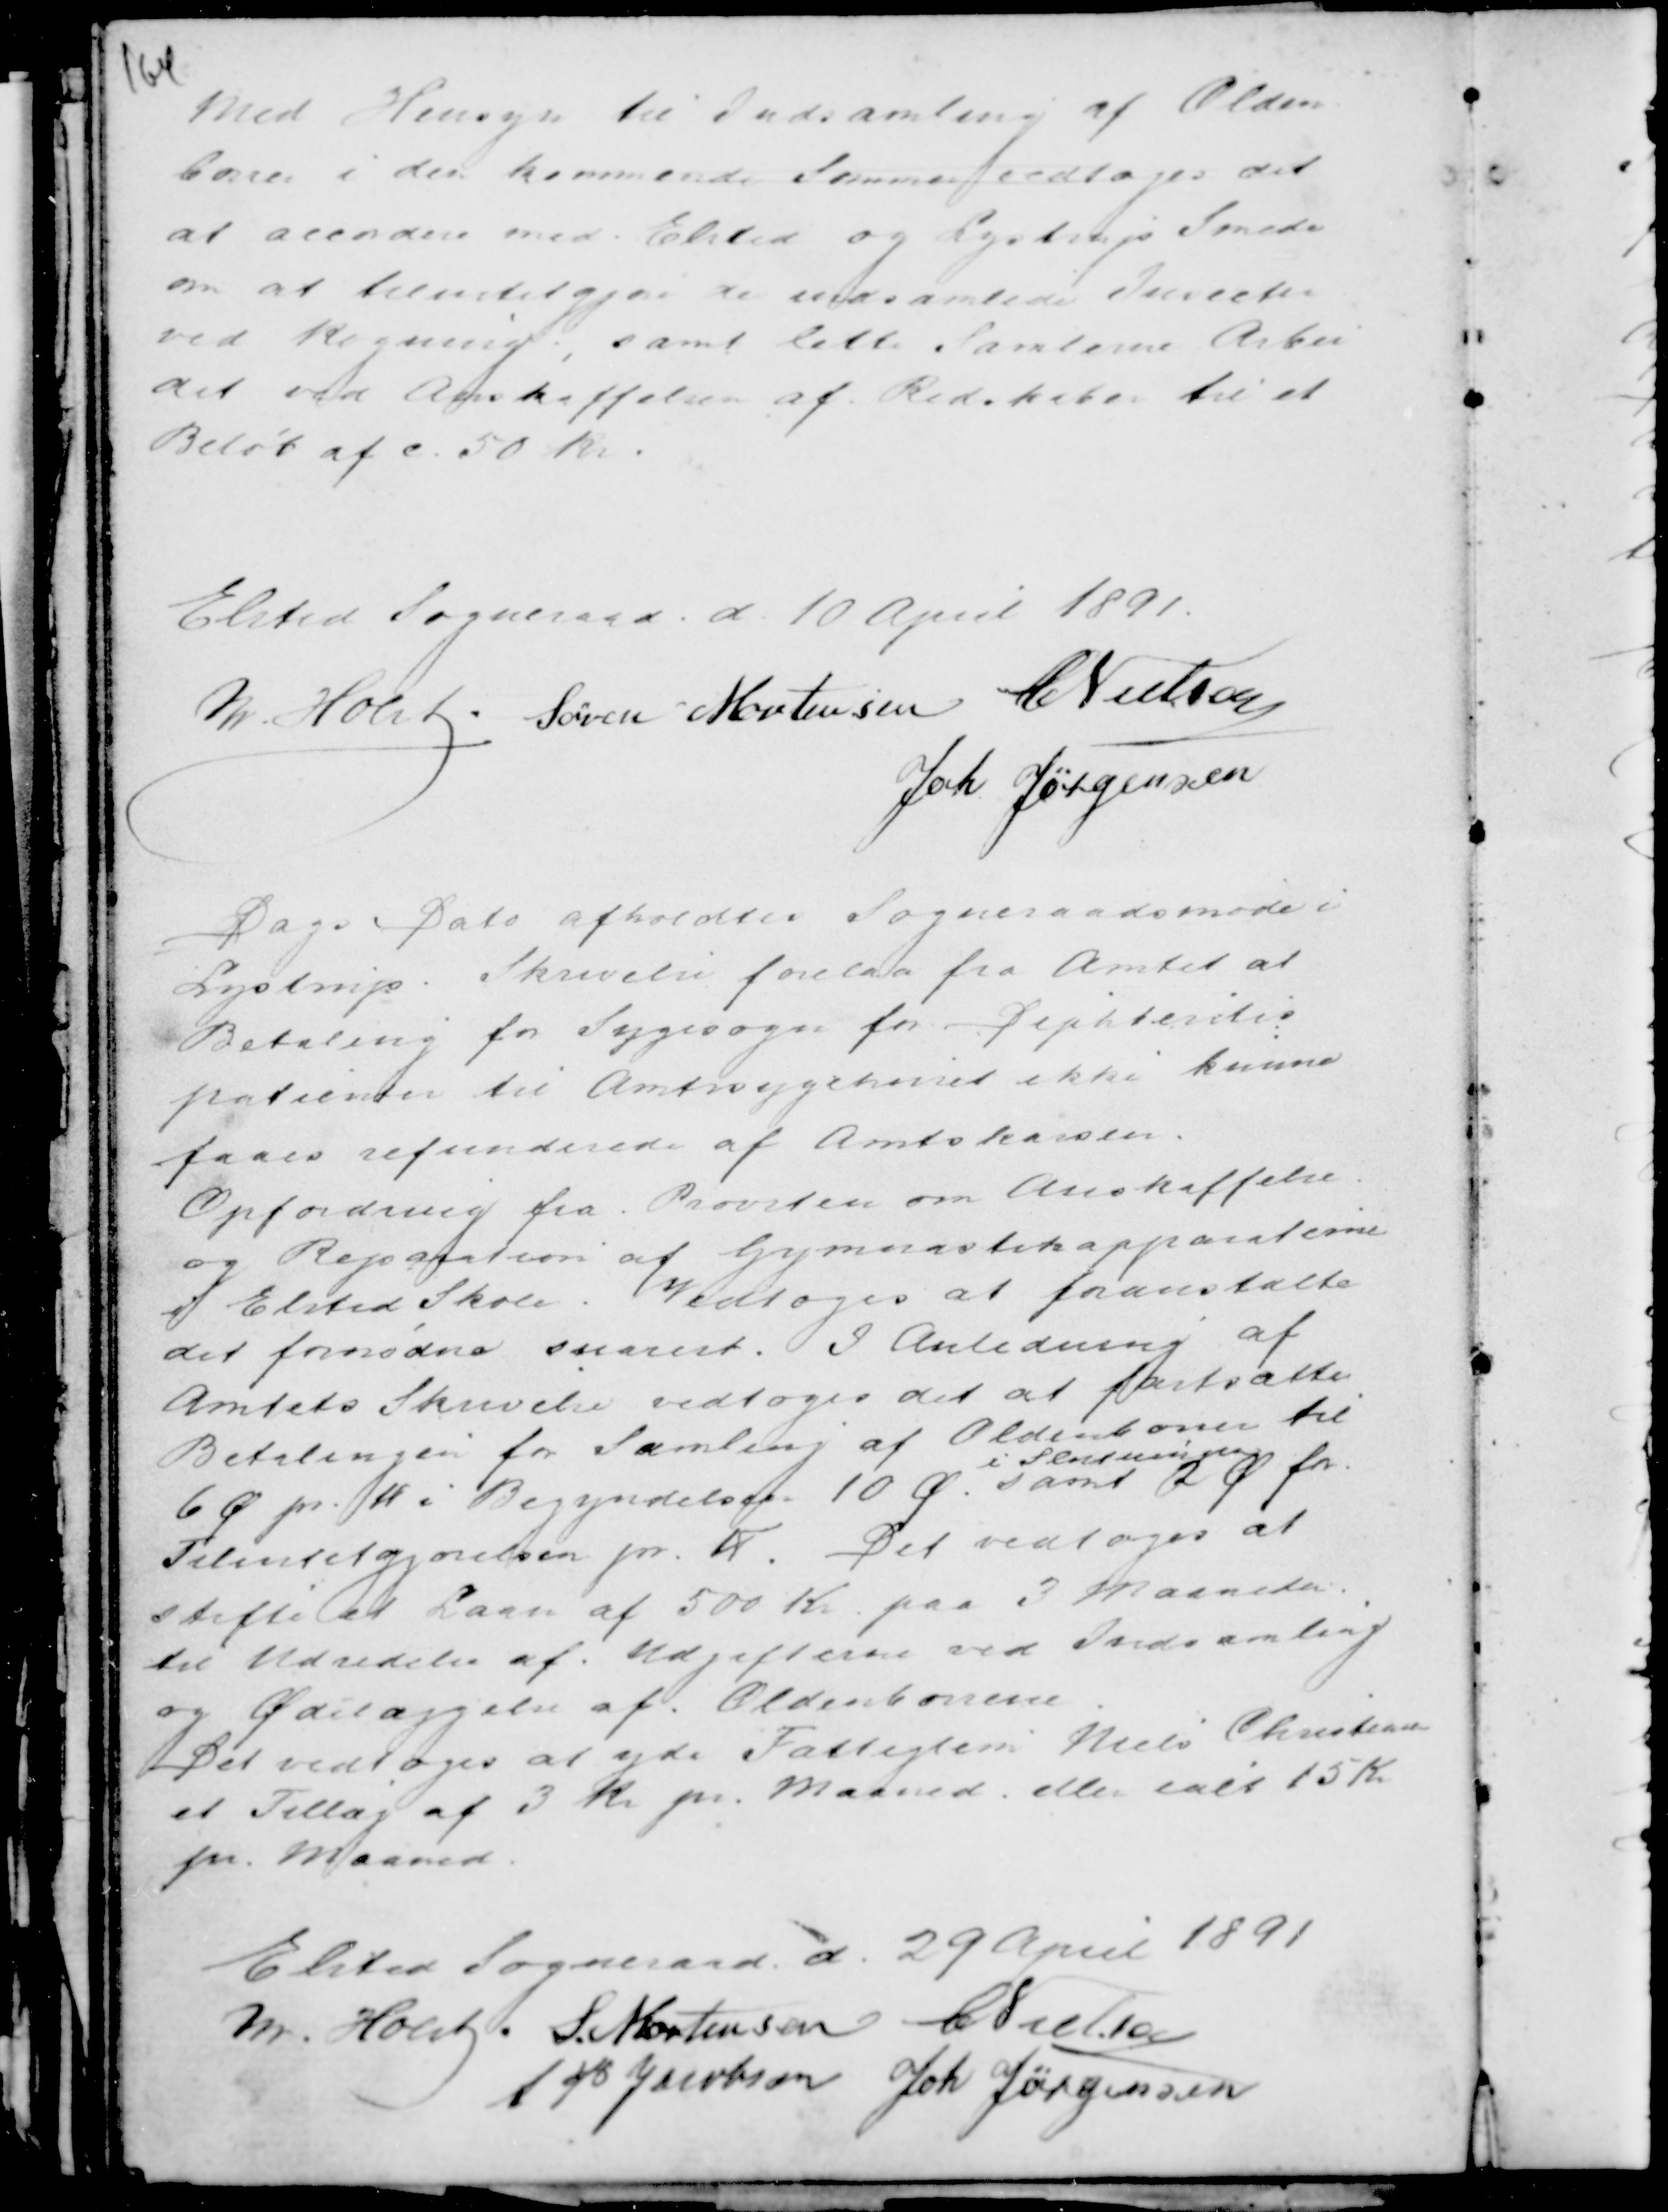
Transskription:
med Hensyn til Indsamling af Olden-
borer i den kommende Sommer vedtoges det
at accordere med Elsted og Lystrup Smede
om at tilintetgjøre de indsamlede Inseckter
ved Kogning, samt lette Samlerne Arbei
det ved Anskaffelsen af Redskaber til et
Beløb af c 50 Kr.

Elsted Sogneraad d 10 April 1891.
M. Holst. Søren Mortensen C Mielsen
Joh Jørgensen

Dags Dato afholdtes Sogneraadsmøde i
Lystrup. Skrivelse forelaa fra Amtet at
Betaling for Sygesager for Dephterites
patienter til Amtsygehuset ikke kunne
faaes refunderet af Amtskassen.
Opfordring fra Provsten om Anskaffelse
og Reparation af Gymnastikapparaterne
i Elsted Skole. Vedtoges at foranstalte
det fornødne snarest. I Anledning af
Amtets Skrivelse vedtoges det at fortsætte
Betalingen for Samling af Oldenborrer til
6 Ø pr. Stk. i Begyndelsen 10 Ø.
i Slutningen
samt 2 Ø for
Tilintetgjørelsen pr. Td. Det vedtoges at
stifte et Laan af 500 Kr paa 3 Maaneder
til Udredelse af Udgifterne ved Indsamling
og Ødelæggelse af Oldenborrerne
Det vedtotoges at yde Fattiglem Niels Christensen
et Tillæg af 3 Kr pr. Maaned eller ialt 15 Kr
pr. Maaned.

Elsted Sogneraad d. 29 April 1891
M. Holst . S. Mortensen C Nielsen
A P Jacobsen Joh Jørgensen